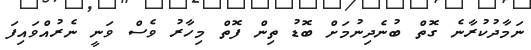
ނަމާދުކުރާނެ ގޮތް ބުނެދިނުމަށް ބޮޑު ތިން ފޮތް މިހާރު ވެސް ވަނީ ނެރުއްވައިފަ